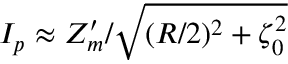
I _ { p } \approx Z _ { m } ^ { \prime } / \sqrt { ( R / 2 ) ^ { 2 } + \zeta _ { 0 } ^ { 2 } }